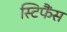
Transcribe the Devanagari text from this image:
स्टिफैंस